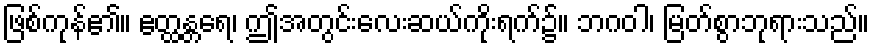
ဖြစ်ကုန်၏။ ဧတ္ထန္တရေ၊ ဤအတွင်းလေးဆယ်ကိုးရက်၌။ ဘဂဝါ၊ မြတ်စွာဘုရားသည်။